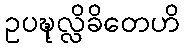
ဥပဍ္ဎုလ္လိခိတေဟိ